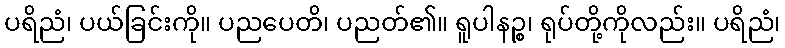
ပရိညံ၊ ပယ်ခြင်းကို။ ပညပေတိ၊ ပညတ်၏။ ရူပါနဉ္စ၊ ရုပ်တို့ကိုလည်း။ ပရိညံ၊